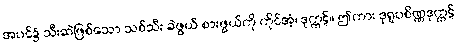
အပင်၌ သီးဆဲဖြစ်သော သစ်သီး ခဲဖွယ် စားဖွယ်ကို ကိုင်အံ့၊ ဒုက္ကဋ်။ ဤကား ဒုရူပစိဏ္ဏဒုက္ကဋ်